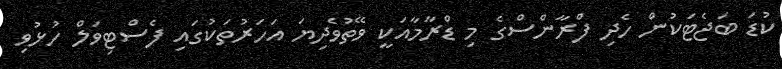
ކުޑަ ބަޖެޓަކުން ހެދި ފްރާންސްގެ މި ޑްރާމާއަކީ ވޭތުވެދިޔަ އަހަރުތަކުގައި ފެސްޓިވަލް ހުޅުވި